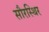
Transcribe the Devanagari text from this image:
सौरस्थिर